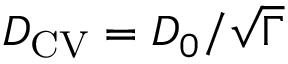
D _ { \mathrm { C V } } = D _ { 0 } / \sqrt { \Gamma }